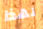
لهذا